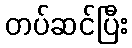
တပ်ဆင်ပြီး